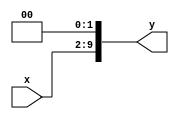
`timescale 1ns / 1ps
//////////////////////////////////////////////////////////////////////////////////
// Company: 
// Engineer: 
// 
// Design Name: 
// Module Name:    online_ccm_2 
// Project Name: 
// Target Devices: 
// Tool versions: 
// Description: 
//
// Dependencies: 
//
// Revision: 
// Revision 0.01 - File Created
// Additional Comments: 
//
//////////////////////////////////////////////////////////////////////////////////
module online_ccm_2(x,y);
parameter Stage = 4;

localparam shift = 1;

localparam WL		= 2*Stage;
localparam WL_oa	= 2*(Stage+shift);
localparam WL_out = 2*(Stage+shift+1);

	input [WL-1:0] x;
	output [WL_oa-1:0] y;
	
	wire [WL_oa-1:0] x_shift;	//x after shift

	assign x_shift[WL_oa-1: WL_oa-WL] 	= x;
	assign x_shift[WL_oa-WL-1:0]			= 'b0;
	
	assign y = x_shift;

endmodule